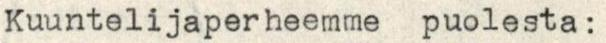
Kuuntelijaperheemme puolesta: